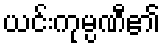
ယင်းကုမ္ပဏီ၏